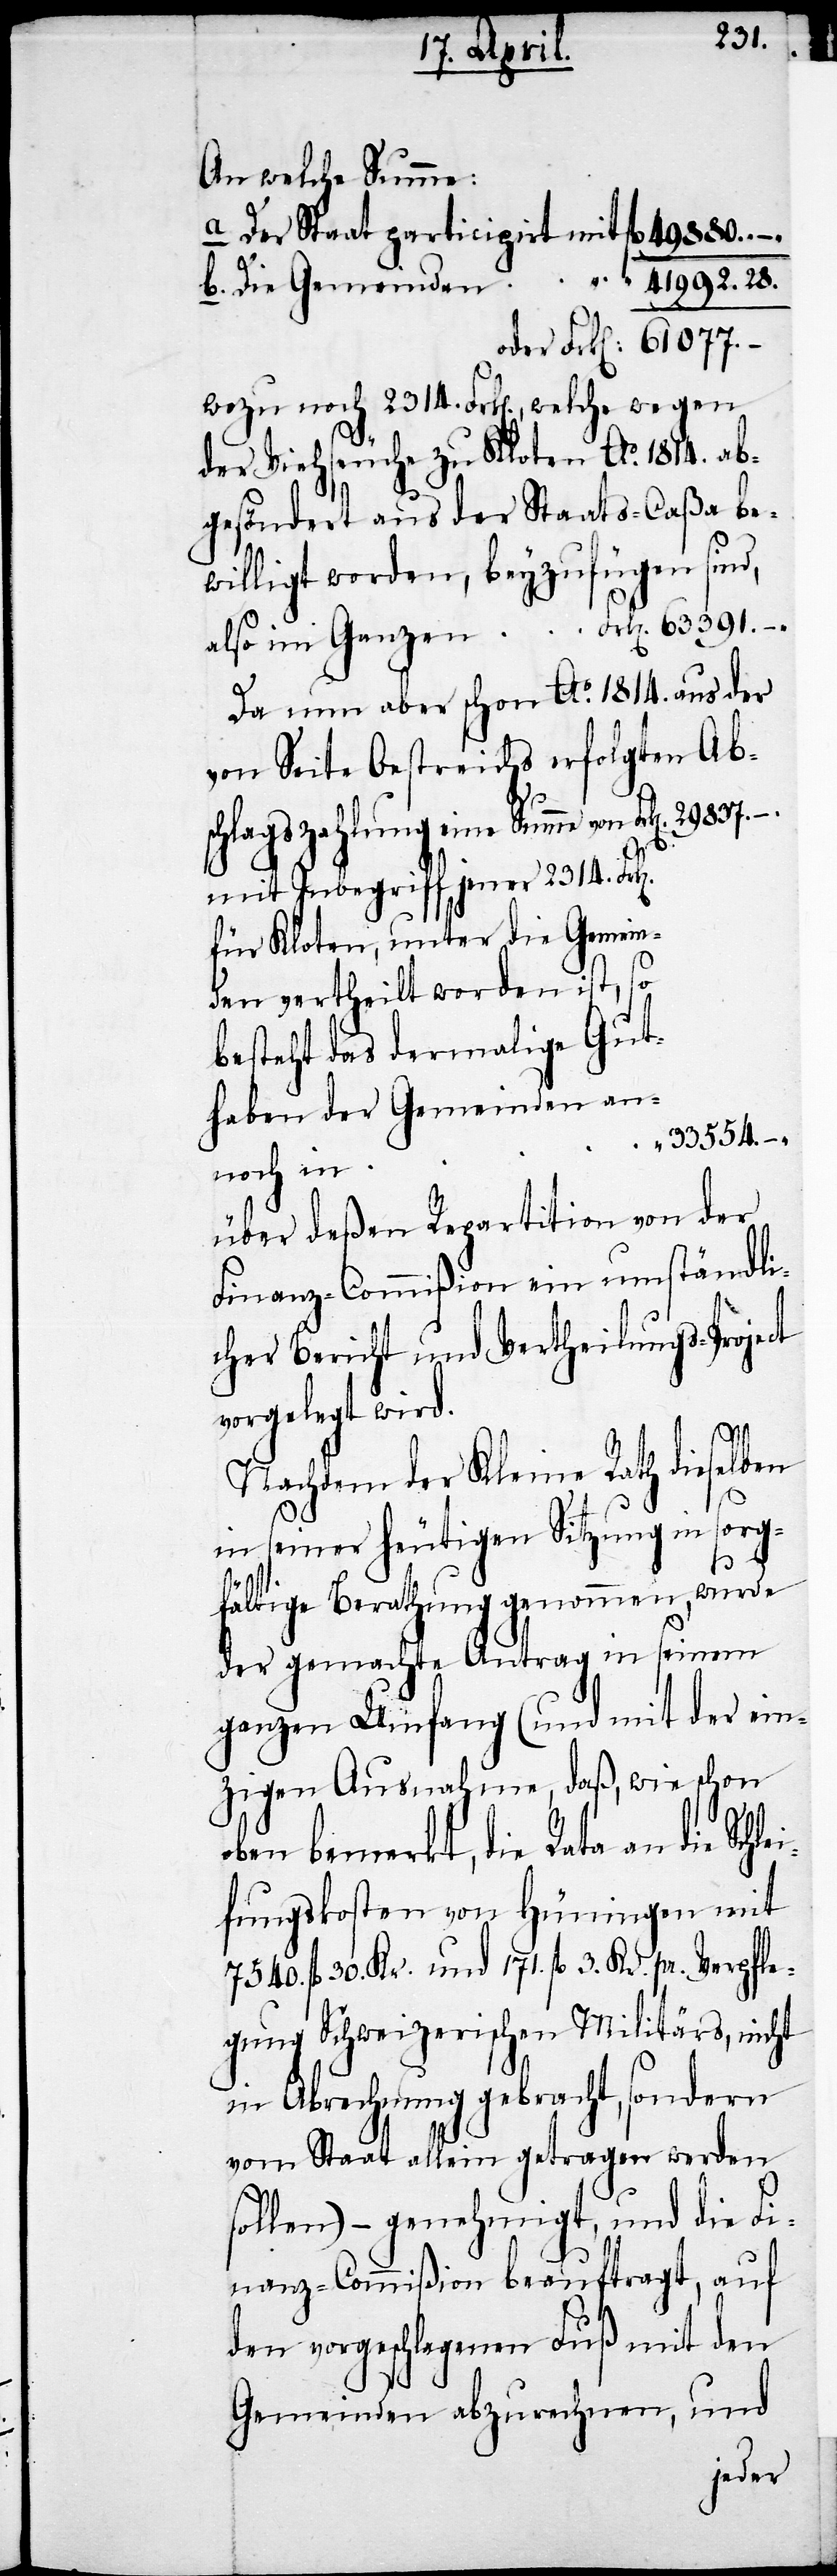
An welche Summe:
b. Die Gemeinden
wozu noch 2314. Frk[en]., welche wegen
der Viehseuche zu Kloten Ao. 1814. ab¬
gesöndert aus der Staats-Caßa be¬
willigt worden, beyzufügen sind,
Da nun aber schon Ao. 1814. aus der
von Seite Oestreichs erfolgten Abs¬
chlagszahlung eine Summe von
mit Inbegriff jener 2314.
für Kloten, unter die Gemein¬
den vertheilt worden ist, so
besteht das dermalige Gut¬
haben der Gemeinden an¬
33554.–.
Schlei¬
über deßen Repartition von der
Finanz-Commißion ein umständli¬
cher Bericht und Vertheilungs-Project
vergelegt wird.
Nachdem der Kleine Rath dieselben
in seiner heutigen Sitzung in sorg¬
.
fältige Berathung genommen, wurde
der gemachte Antrag in seinem
ganzen Umfang (und mit der ein¬
zigen Ausnahme, daß, wie schon
oben bemerkt, die Rata an die
fungskosten von Hüningen mit
7540. fl. 30. Kr. und 171. fl. 3. Kr. pr. Verpfle¬
gung Schweizerischen Militärs, nicht
in Abrechnung gebracht, sondern
vom Staat allein getragen werden
sollen) – genehmigt, und die Fi¬
nanz-Commißion beauftragt, auf
den vorgeschlagenen Fuß mit den
Gemeinden abzurechnen, und
oder